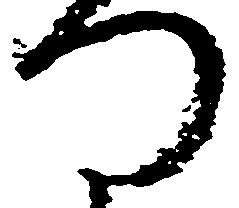
つ